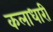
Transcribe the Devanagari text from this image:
कलाधारी